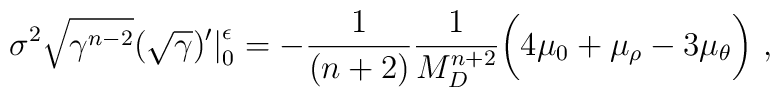
\sigma^2\sqrt{\gamma^{n-2}}(\sqrt{\gamma})^\prime \big|_0^\epsilon =        -\frac{1}{(n+2)}\frac{1}{M_D^{n+2}}\bigg(4\mu_0+\mu_\rho     -3\mu_\theta\bigg)~,